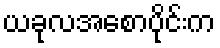
ယခုလအစောပိုင်းက